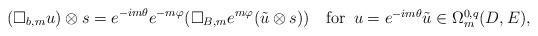
LaTeX: \begin{align*}(\Box_{b,m}u)\otimes s=e^{-im\theta}e^{-m\varphi}(\Box_{B,m}e^{m\varphi}(\tilde u\otimes s))\quad\mbox{for\,\,\,$u=e^{-im\theta}\tilde u\in \Omega^{0,q}_m(D, E)$}, \end{align*}